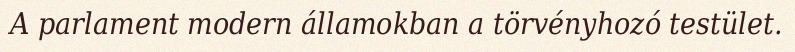
A parlament modern államokban a törvényhozó testület.